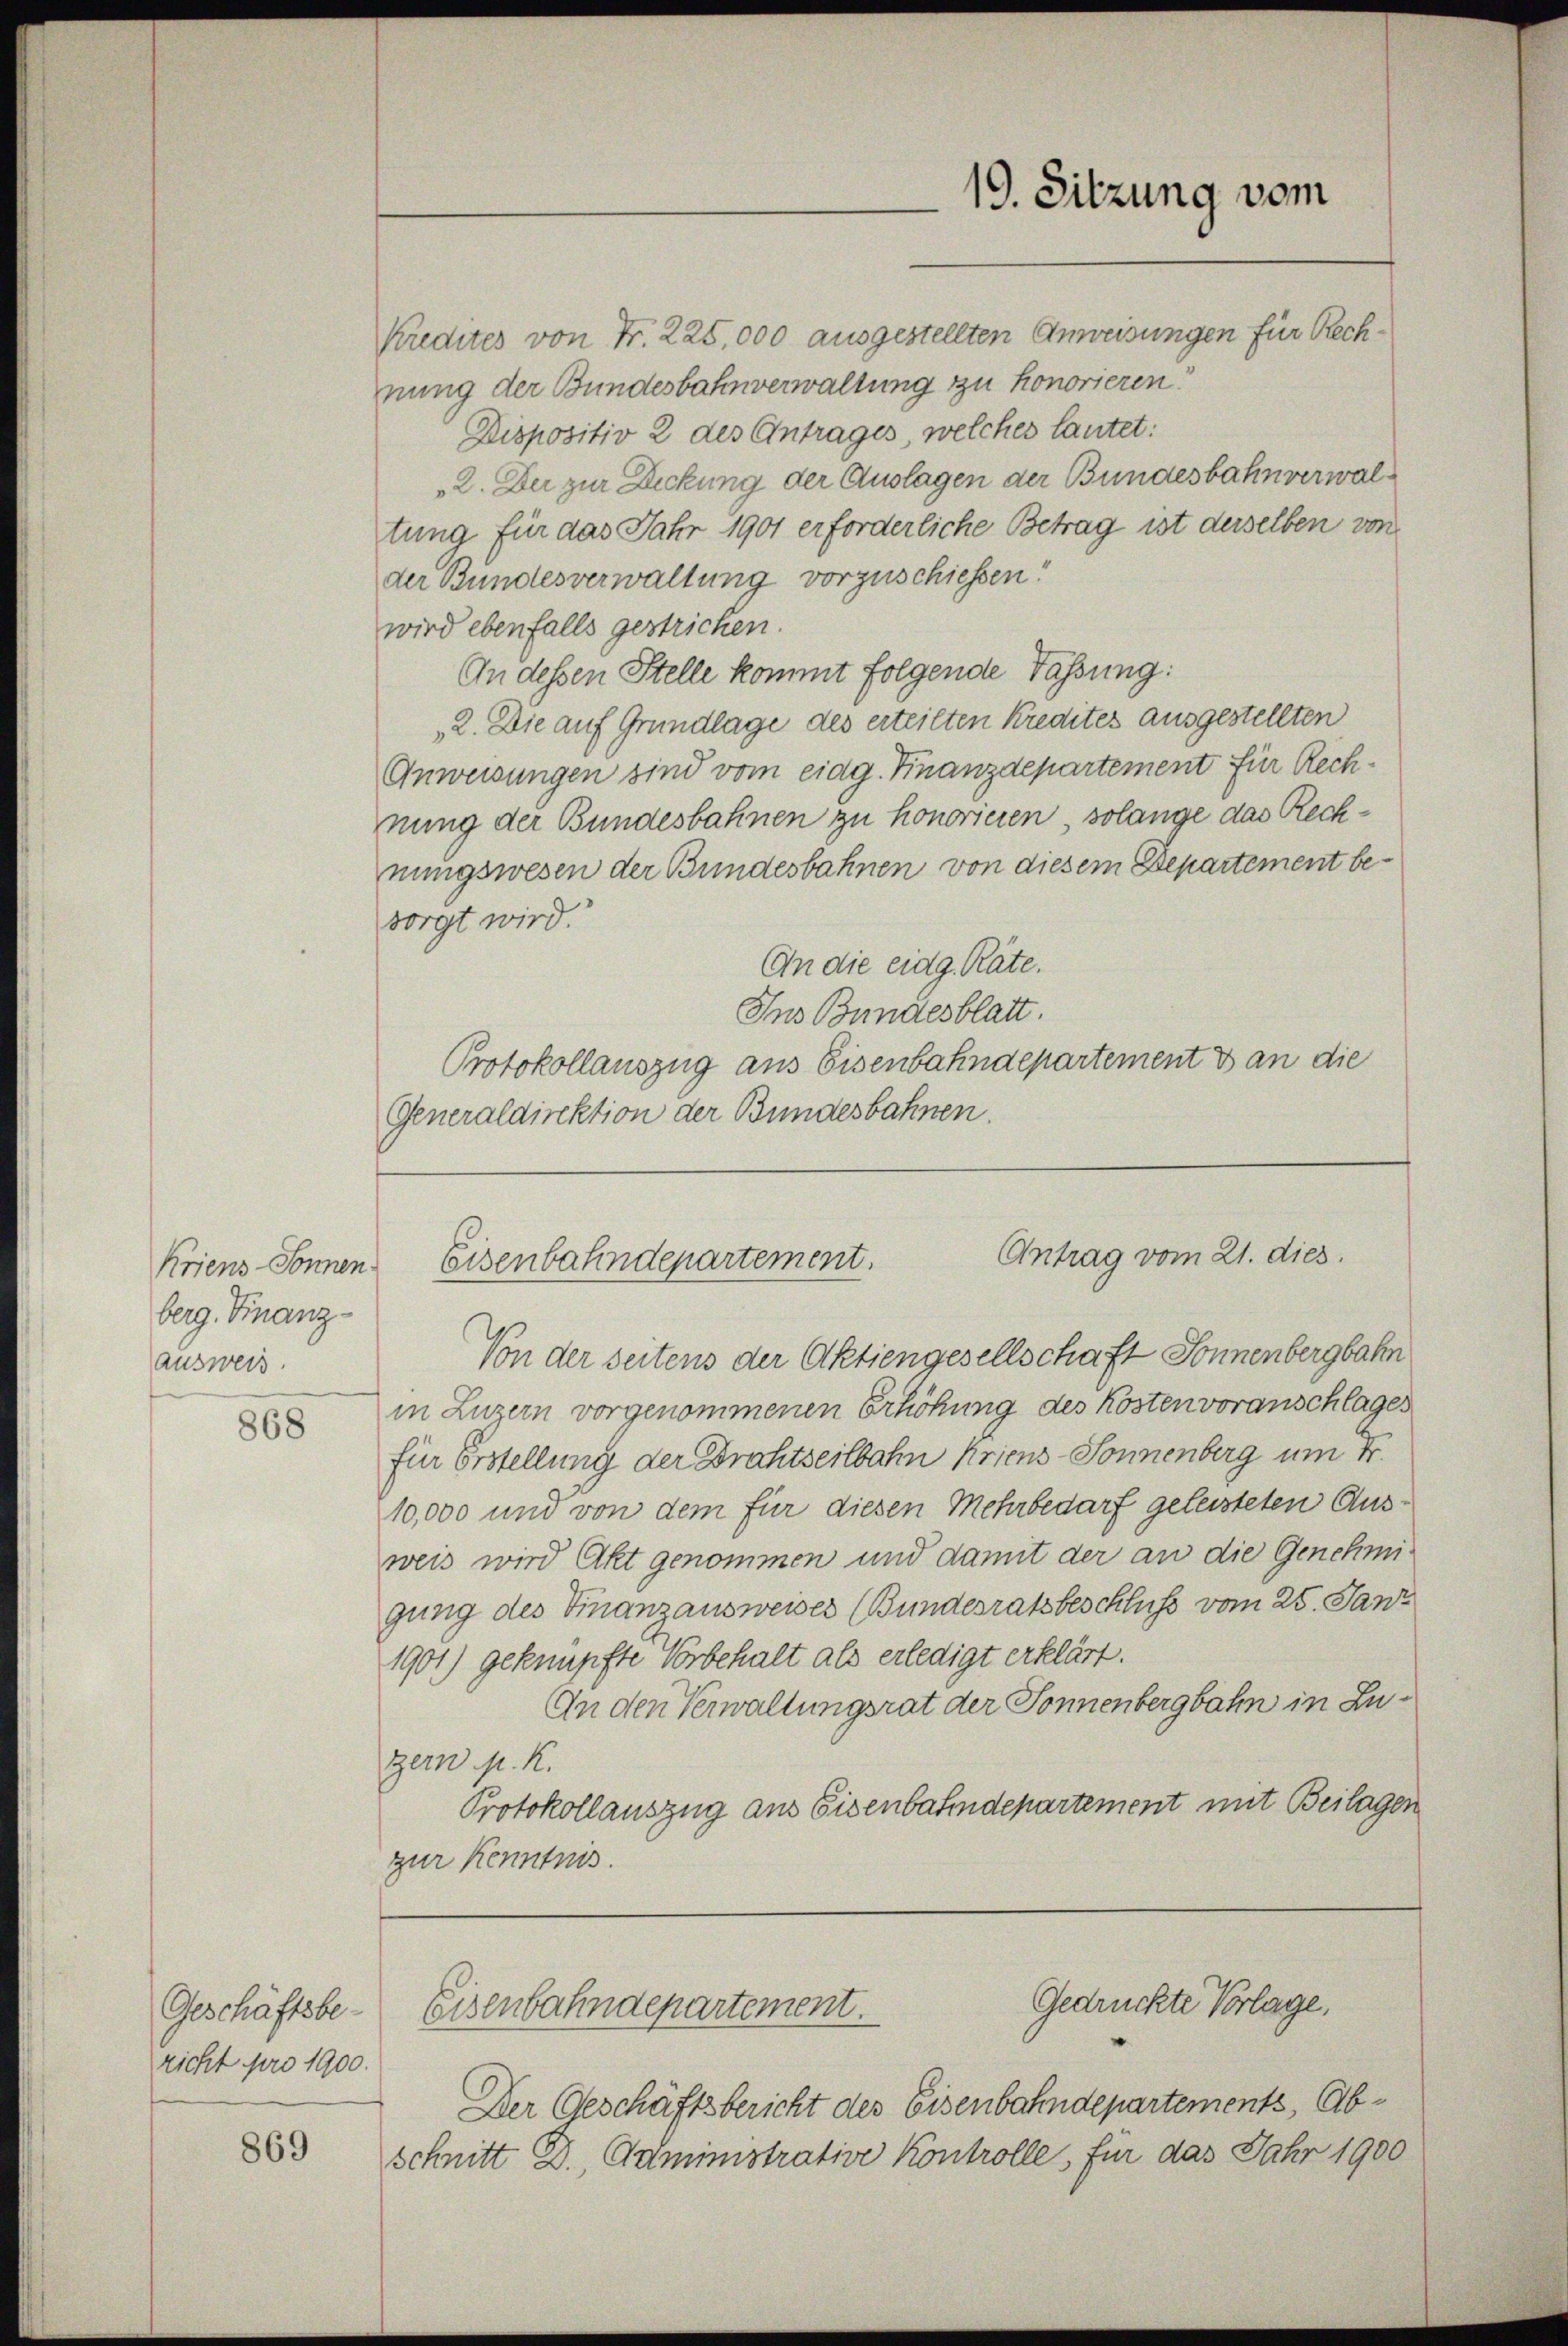
berg. Finanzausweis.

868

Geschäftsbe-
richt pro 1900.

869

Kredites von Fr. 225,000 ausgestellten Anweisungen für Rechnung der Bundesbahnverwaltung zu honorieren!
Dispositiv 2 des Antrages, welches lautet:
„2. Der zur Deckung der Auslagen der Bundesbahnverwaltung für das Jahr 1901 erforderliche Betrag ist derselben von
der Bundesverwaltung vorzuschiessen!
wird ebenfalls gestricken.
An dessen Stelle kommt folgende Fassung:
„2. Die auf Grundlage des erteilten Kredites ausgestellten
Anweisungen sind vom eidg. Finanzdepartement für Rechnung der Bundesbahnen zu honorieren solange das Rechnungswesen der Bundesbahnen von diesem Departement be-
sorgt wird.
An die eidg. Räte.
Ins Bundesblatt.
Protokollauszug aus Eisenbahndepartement & an die
Generaldirektion der Bundesbahnen.

Von der seitens der Aktiengesellschaft Sonnenbergbahn
in Luzern vorgenommenen Erhöhung des Kosten voranschlages
für Erstellung der Drahtseitbahn Kriens - Sonnenberg um 4.
10,000 und von dem für diesen Mehrbedarf geleisteten Ausweis wird Akt genommen und damit der an die Genehmigung des Finanzausweises (Bundesratsbeschluss vom 25. Janz
1901) geknüpfte Vorbehalt als erledigt erklärt.
An den Verwaltungsrat der Sonnenbergbahn in Zuzern N. K.
Protokollauszug aus Eisenbahndepartement mit Beilagen
zur Kenntnis.
Gedrückte Vorlage,
Eisenbahndepartement.
Der Geschäftsbericht des Eisenbahndepartements, Abschnitt D. Administrative Kontrolle, für das Jahr 1900

19. Sitzung vom

Antrag vom 21. dies.
Kriens- Sonnen Eisenbahndepartement.